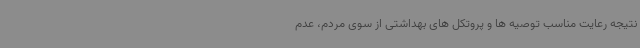
نتیجه رعایت مناسب توصیه ها و پروتکل های بهداشتی از سوی مردم، عدم